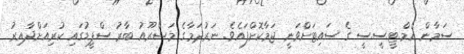
ސަމާން އެމް.ޓީ.ސީ.ސީ ގެ ސައިޓަށްވަނީ ޖަމާކޮށްފައެވެ. ނަރުދަމާގެ މަޝްރޫއު ބާރު ސްޕީޑުގައި ކުރިއަށްދާއިރު